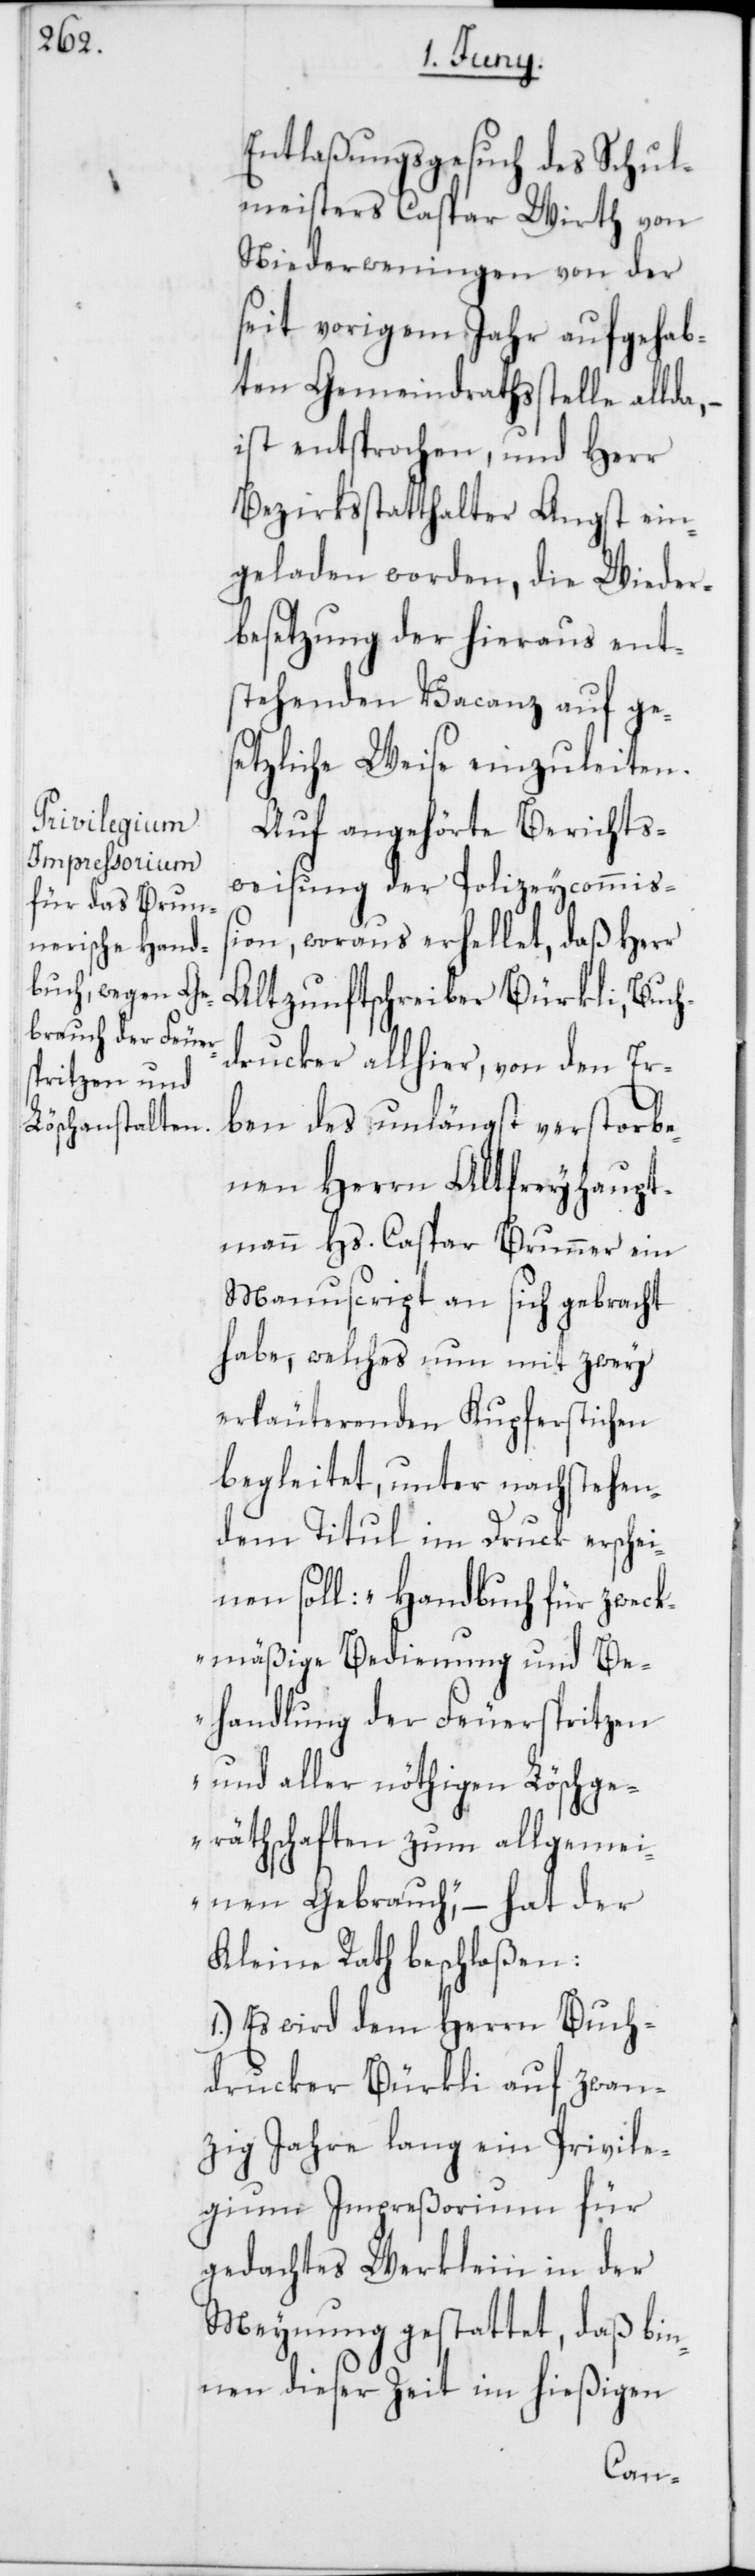
Entlaßungsgesuch des Schul¬
meisters Caspar Wirth von
Niederweningen von der
seit vorigem Jahr aufgehab¬
ten Gemeindrathsstelle allda,
ist entsprochen, und Herr
Bezirksstatthalter Angst ein¬
geladen worden, die Wieder¬
besetzung der hieraus ent¬
stehenden Vacanz auf ge¬
setzliche Weise einzuleiten.
Auf angehörte Berichts¬
weisung der Polizeycommiß¬
ion, woraus erhellet, daß Herr
Altzunftschreiber Bürkli, Buch¬
drucker allhier, von den Er¬
ben des unlängst verstorbe¬
nen Herrn Altfreyhaupt¬
mann Hs. Caspar Brunner ein
Manuscript an sich gebracht
habe, welches nun mit zwey
erläuterenden Kupferstichen
begleitet, unter nachstehen¬
dem Titul im Druck erschei¬
nen soll: „Handbuch für zweck¬
mäßige Bedienung und Be¬
handlung der Feuerspritzen
und aller nöthigen Löschge¬
räthschaften zum allgemei¬
nen Gebrauch“, – hat der
Kleine Rath beschloßen:
1.) Es wird dem Herrn Buch¬
drucker Bürkli auf zwan¬
zig Jahre lang ein Privile¬
gium Impreßorium für
gedachtes Werklein in der
Meynung gestattet, daß bin¬
nen dieser Zeit im hießigen